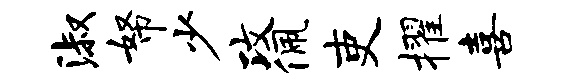
淑帑少攻佩吏擢喜